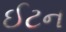
ઈટન